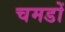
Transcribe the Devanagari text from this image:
चमडों